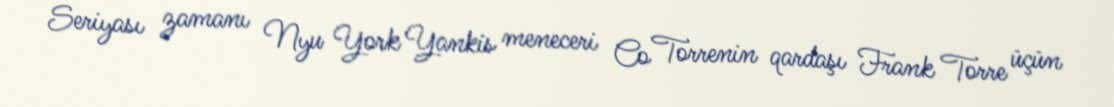
Seriyası zamanı Nyu York Yankis meneceri Co Torrenin qardaşı Frank Torre üçün